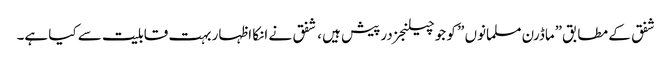
شفق کے مطابق”ماڈرن مسلمانوں ” کو جو چیلنجز درپیش ہیں ، شفق نے انکا اظہار بہت قابلیت سے کیا ہے۔